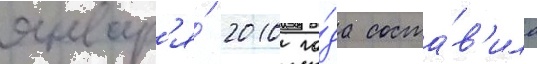
январ'я́ 2010 го́да соста́в'ила